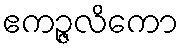
ဧကဉ္ဇလိကော